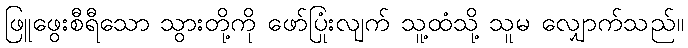
ဖြူဖွေးစီရီသော သွားတို့ကို ဖော်ပြုံးလျက် သူ့ထံသို့ သူမ လျှောက်သည်။